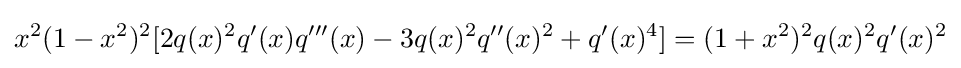
x^{2}(1-x^{2})^{2}[2q(x)^{2}q'(x)q'''(x)-3q(x)^{2}q''(x)^{2}+q'(x)^{4}]=(1+x^{2})^{2}q(x)^{2}q'(x)^{2}